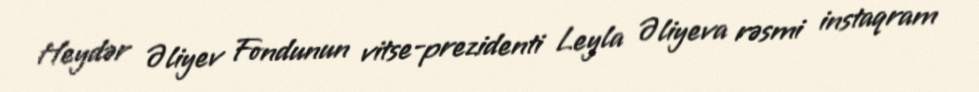
Heydər Əliyev Fondunun vitse-prezidenti Leyla Əliyeva rəsmi instaqram